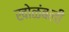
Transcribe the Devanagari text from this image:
खोळंबली